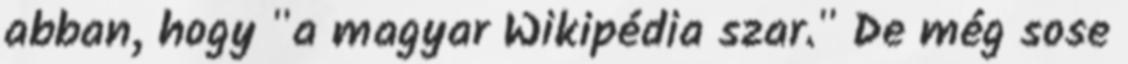
abban, hogy "a magyar Wikipédia szar." De még sose